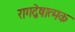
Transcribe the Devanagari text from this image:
रागद्वेषात्मक